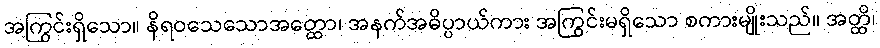
အကြွင်းရှိသော။ နိရဝသေသောအတ္ထော၊ အနက်အဓိပ္ပာယ်ကား အကြွင်းမရှိသော စကားမျိုးသည်။ အတ္ထိ၊